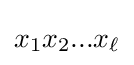
x_{1}x_{2}...x_{\ell }